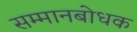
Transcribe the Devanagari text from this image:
सम्मानबोधक